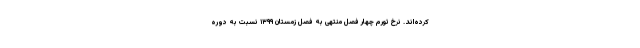
کرده‌اند. نرخ تورم چهار فصل منتهی به فصل زمستان ١٣٩٩ نسبت به دوره